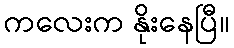
ကလေးက နိုးနေပြီ။